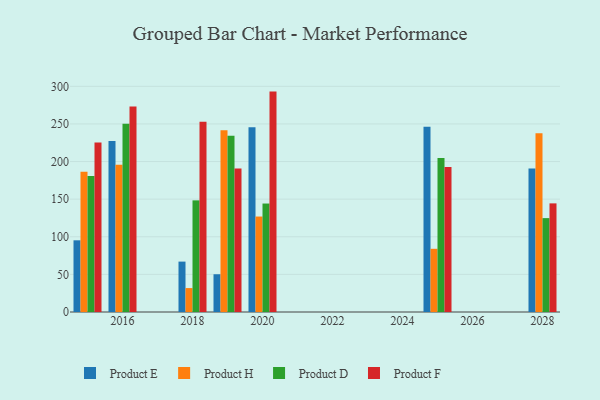
{"axis": {"x": "Year", "y": "Revenue (USD Million)"}, "legend": ["Product D", "Product E", "Product F", "Product H"], "data": [{"x": "2025", "y": 246.2, "type": "Product E"}, {"x": "2025", "y": 84.0, "type": "Product H"}, {"x": "2025", "y": 204.8, "type": "Product D"}, {"x": "2025", "y": 192.8, "type": "Product F"}, {"x": "2028", "y": 190.9, "type": "Product E"}, {"x": "2028", "y": 237.6, "type": "Product H"}, {"x": "2028", "y": 124.8, "type": "Product D"}, {"x": "2028", "y": 144.4, "type": "Product F"}, {"x": "2016", "y": 227.2, "type": "Product E"}, {"x": "2016", "y": 195.7, "type": "Product H"}, {"x": "2016", "y": 250.4, "type": "Product D"}, {"x": "2016", "y": 273.1, "type": "Product F"}, {"x": "2015", "y": 95.3, "type": "Product E"}, {"x": "2015", "y": 186.5, "type": "Product H"}, {"x": "2015", "y": 180.8, "type": "Product D"}, {"x": "2015", "y": 225.3, "type": "Product F"}, {"x": "2018", "y": 67.0, "type": "Product E"}, {"x": "2018", "y": 31.8, "type": "Product H"}, {"x": "2018", "y": 148.4, "type": "Product D"}, {"x": "2018", "y": 252.9, "type": "Product F"}, {"x": "2020", "y": 245.5, "type": "Product E"}, {"x": "2020", "y": 126.9, "type": "Product H"}, {"x": "2020", "y": 144.2, "type": "Product D"}, {"x": "2020", "y": 293.0, "type": "Product F"}, {"x": "2019", "y": 50.2, "type": "Product E"}, {"x": "2019", "y": 241.7, "type": "Product H"}, {"x": "2019", "y": 234.4, "type": "Product D"}, {"x": "2019", "y": 190.8, "type": "Product F"}]}